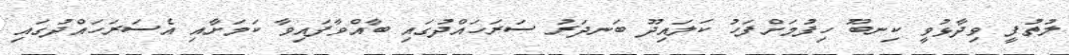
ލުތުފީ ވިދާޅުވީ ކިނބޫ ހިފުމަށްފަހު ކަލައިދޫ ބަނދަރު ސަރަހައްދުގައި ބާއްވާފައިވާ ކަމަށާއި އެސަރަހައްދުގައި